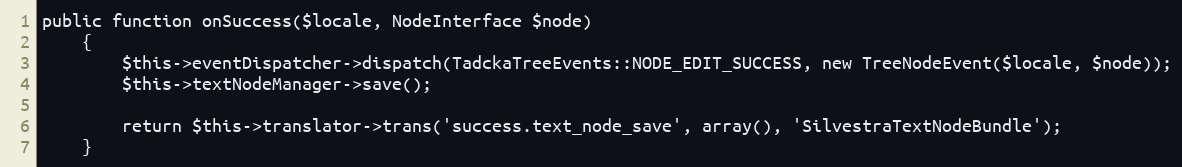
Language: PHP
public function onSuccess($locale, NodeInterface $node)
    {
        $this->eventDispatcher->dispatch(TadckaTreeEvents::NODE_EDIT_SUCCESS, new TreeNodeEvent($locale, $node));
        $this->textNodeManager->save();

        return $this->translator->trans('success.text_node_save', array(), 'SilvestraTextNodeBundle');
    }